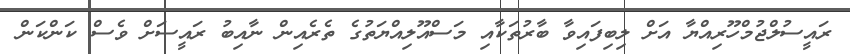
ރައީސުލްޖުމްހޫރިއްޔާ އަށް ލިބިފައިވާ ބާރުތަކާއި މަސްއޫލިއްޔަތުގެ ތެރެއިން ނާއިބު ރައީސަށް ވެސް ކަންކަން